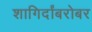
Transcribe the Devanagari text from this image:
शागिर्दांबरोबर